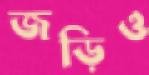
জড়িও